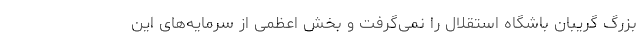
بزرگ گریبان باشگاه استقلال را نمی‌گرفت و بخش اعظمی از سرمایه‌های این